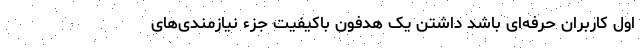
اول کاربران حرفه‌ای باشد داشتن یک هدفون باکیفیت جزء نیازمندی‌های